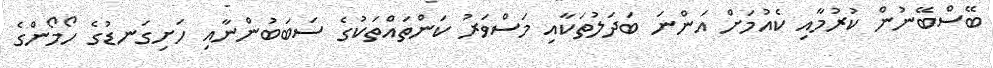
ބޭސްބޭނުން ކުރުމާއި ކެއުމަށް އަންނަ ބަދަލުތަކާއި މަސްވަރު ކަންތައްތަކުގެ ސަބަބުންނާއި ހަށިގަނޑުގެ ހޯމޯންގެ